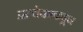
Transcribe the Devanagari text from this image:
प्रत्येकाकडून